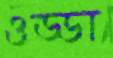
ওড্ডা